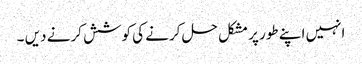
انہیں اپنے طور پر مشکل حل کرنے کی کوشش کرنے دیں ۔